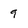
Character: 9